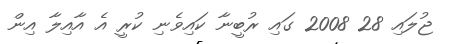
ޖުލައި 28 2008 ގައި ރުބީނާ ކައިވެނި ކުރީ އެ އާއިލާ އިން